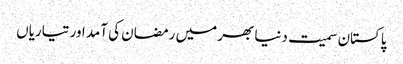
پاکستان سمیت دنیا بھر میں رمضان کی آمد اور تیاریاں